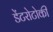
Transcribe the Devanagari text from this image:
डेंटरोटोकी